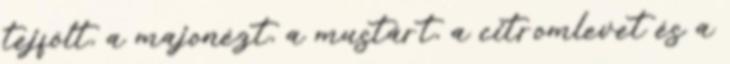
tejfölt, a majonézt, a mustárt, a citromlevet és a